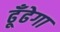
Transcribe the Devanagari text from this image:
ढूँढेगा